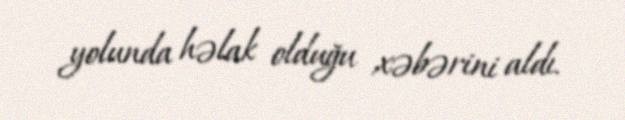
yolunda həlak olduğu xəbərini aldı.